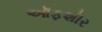
ઑફશૉર